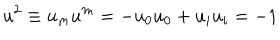
u ^ { 2 } \equiv u _ { m } u ^ { m } = - u _ { 0 } u _ { 0 } + u _ { i } u _ { i } = - 1